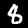
Label: 8